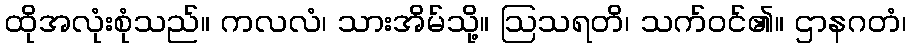
ထိုအလုံးစုံသည်။ ကလလံ၊ သားအိမ်သို့။ ဩသရတိ၊ သက်ဝင်၏။ ဌာနဂတံ၊